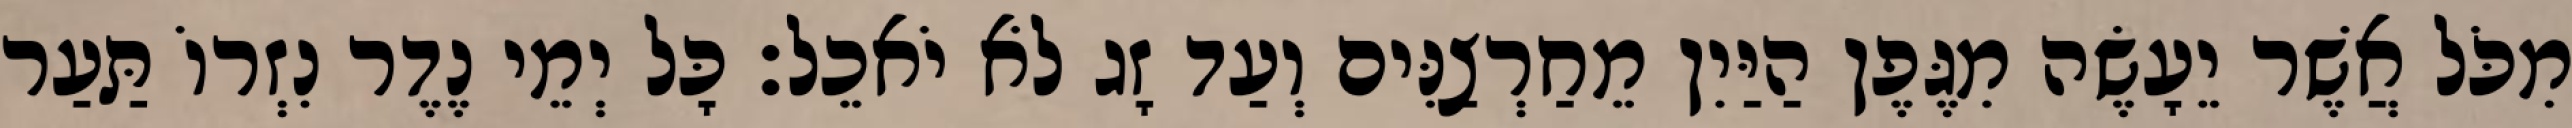
מִכֹּל אֲשֶׁר יֵעָשֶׂה מִגֶּפֶן הַיַּיִן מֵחַרְצַנִּים וְעַד זָג לֹא יֹאכֵל׃ כָּל יְמֵי נֶדֶר נִזְרוֹ תַּעַר